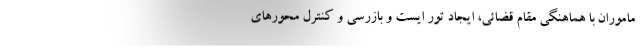
ماموران با هماهنگی مقام قضائی، ایجاد تور ایست و بازرسی و کنترل محورهای